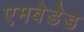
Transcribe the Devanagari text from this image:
एमबेडेड